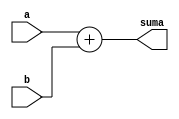
module sum(a,b,suma);

input  [31:0] a;
input  [31:0] b;
output [31:0] suma;

assign suma = a + b;

endmodule